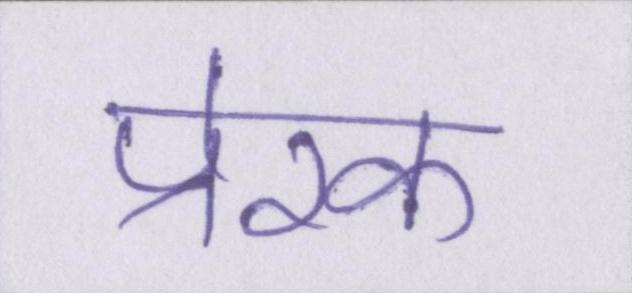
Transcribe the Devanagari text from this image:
प्रेरक